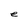
Character: e